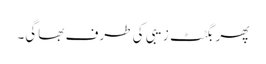
پھر بگٹٹ زیبی کی طرف بھاگی۔